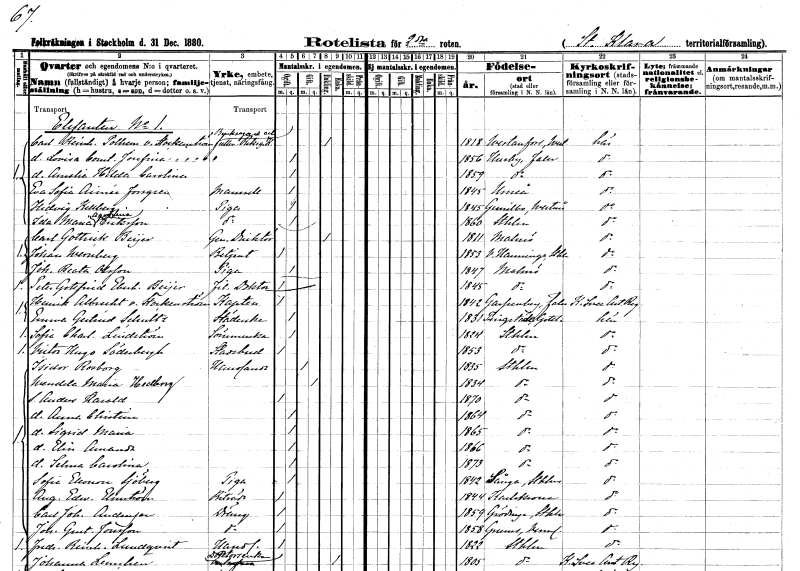
gt_parse: households: individuals: FN: Carl Reinhold Polhem
EN: von Stockenström
YRKE: Bruksägare Fullmäktig vid Riksgäldeskontoret
KON: M
CIV: E
FODAR: 1818
FODFORS: Västanfors Västmanlands län
FN: Lovisa Constantia Josefina
KON: K
CIV: O
FODAR: 1856
FODFORS: Husby Kopparbergs län
FN: Amalia Hilda Carolina
KON: K
CIV: O
FODAR: 1859
FODFORS: Husby Kopparbergs län
FN: Eva Sofia Aimée
EN: Forsgren
KON: K
CIV: O
FODAR: 1845
FODFORS: Umeå Västerbottens län
FN: Hedvig
EN: Kellberg
YRKE: Piga
KON: K
CIV: O
FODAR: 1845
FODFORS: Gunnilbo Västmanlands län
FN: Ida Maria Aqvilina
EN: Eriksson
YRKE: Piga
KON: K
CIV: O
FODAR: 1860
FODFORS: Stockholm
FN: Carl Gottrick
EN: Beijer
YRKE: Generaldirektör
KON: M
CIV: E
FODAR: 1811
FODFORS: Malmö Malmöhus län
FN: Johan
EN: Wernberg
YRKE: Betjänt
KON: M
CIV: O
FODAR: 1853
FODFORS: Västerhaninge Stockholms län
FN: Johanna Beata
EN: Olsson
YRKE: Piga
KON: K
CIV: O
FODAR: 1847
FODFORS: Malmö Malmöhus län
FN: Peter Gottfrid Eberhard
EN: Beijer
YRKE: Fil. doktor
KON: M
CIV: O
FODAR: 1845
FODFORS: Malmö Malmöhus län
FN: Henrik Albrecht
EN: von Stockenström
YRKE: Kapten
KON: M
CIV: O
FODAR: 1842
FODFORS: Garpenberg Kopparbergs län
FN: Emma Gertrud
EN: Schultz
YRKE: Städerska
KON: K
CIV: O
FODAR: 1831
FODFORS: Tingstäde Gotlands län
FN: Sofia Charlotta
EN: Lindström
YRKE: Sömmerska
KON: K
CIV: O
FODAR: 1824
FODFORS: Stockholm
FN: Victor Hugo
EN: Söderberg
YRKE: Stadsbud
KON: M
CIV: O
FODAR: 1853
FODFORS: Stockholm
FN: Isidor
EN: Rosborg
YRKE: Handlande
KON: M
CIV: G
FODAR: 1835
FODFORS: Stockholm
FN: Wendela Maria
EN: Hedberg
KON: K
CIV: G
FODAR: 1834
FODFORS: Stockholm
FN: Anders Harald
KON: M
CIV: O
FODAR: 1870
FODFORS: Stockholm
FN: Anna Christina
KON: K
CIV: O
FODAR: 1864
FODFORS: Stockholm
FN: Sigrid Maria
KON: K
CIV: O
FODAR: 1865
FODFORS: Stockholm
FN: Elin Amanda
KON: K
CIV: O
FODAR: 1866
FODFORS: Stockholm
FN: Selma Carolina
KON: K
CIV: O
FODAR: 1873
FODFORS: Stockholm
FN: Selma Eleonora
EN: Sjöberg
YRKE: Piga
KON: K
CIV: O
FODAR: 1842
FODFORS: Sånga Stockholms län
FN: August Edward
EN: Elmström
YRKE: Biträde
KON: M
CIV: O
FODAR: 1844
FODFORS: Karlskrona Blekinge län
FN: Carl Johannes
EN: Andersson
YRKE: Dräng
KON: M
CIV: O
FODAR: 1859
FODFORS: Grödinge Stockholms län
FN: Johannes Gustaf
EN: Jonsson
YRKE: Dräng
KON: M
CIV: O
FODAR: 1858
FODFORS: Grums Värmlands län